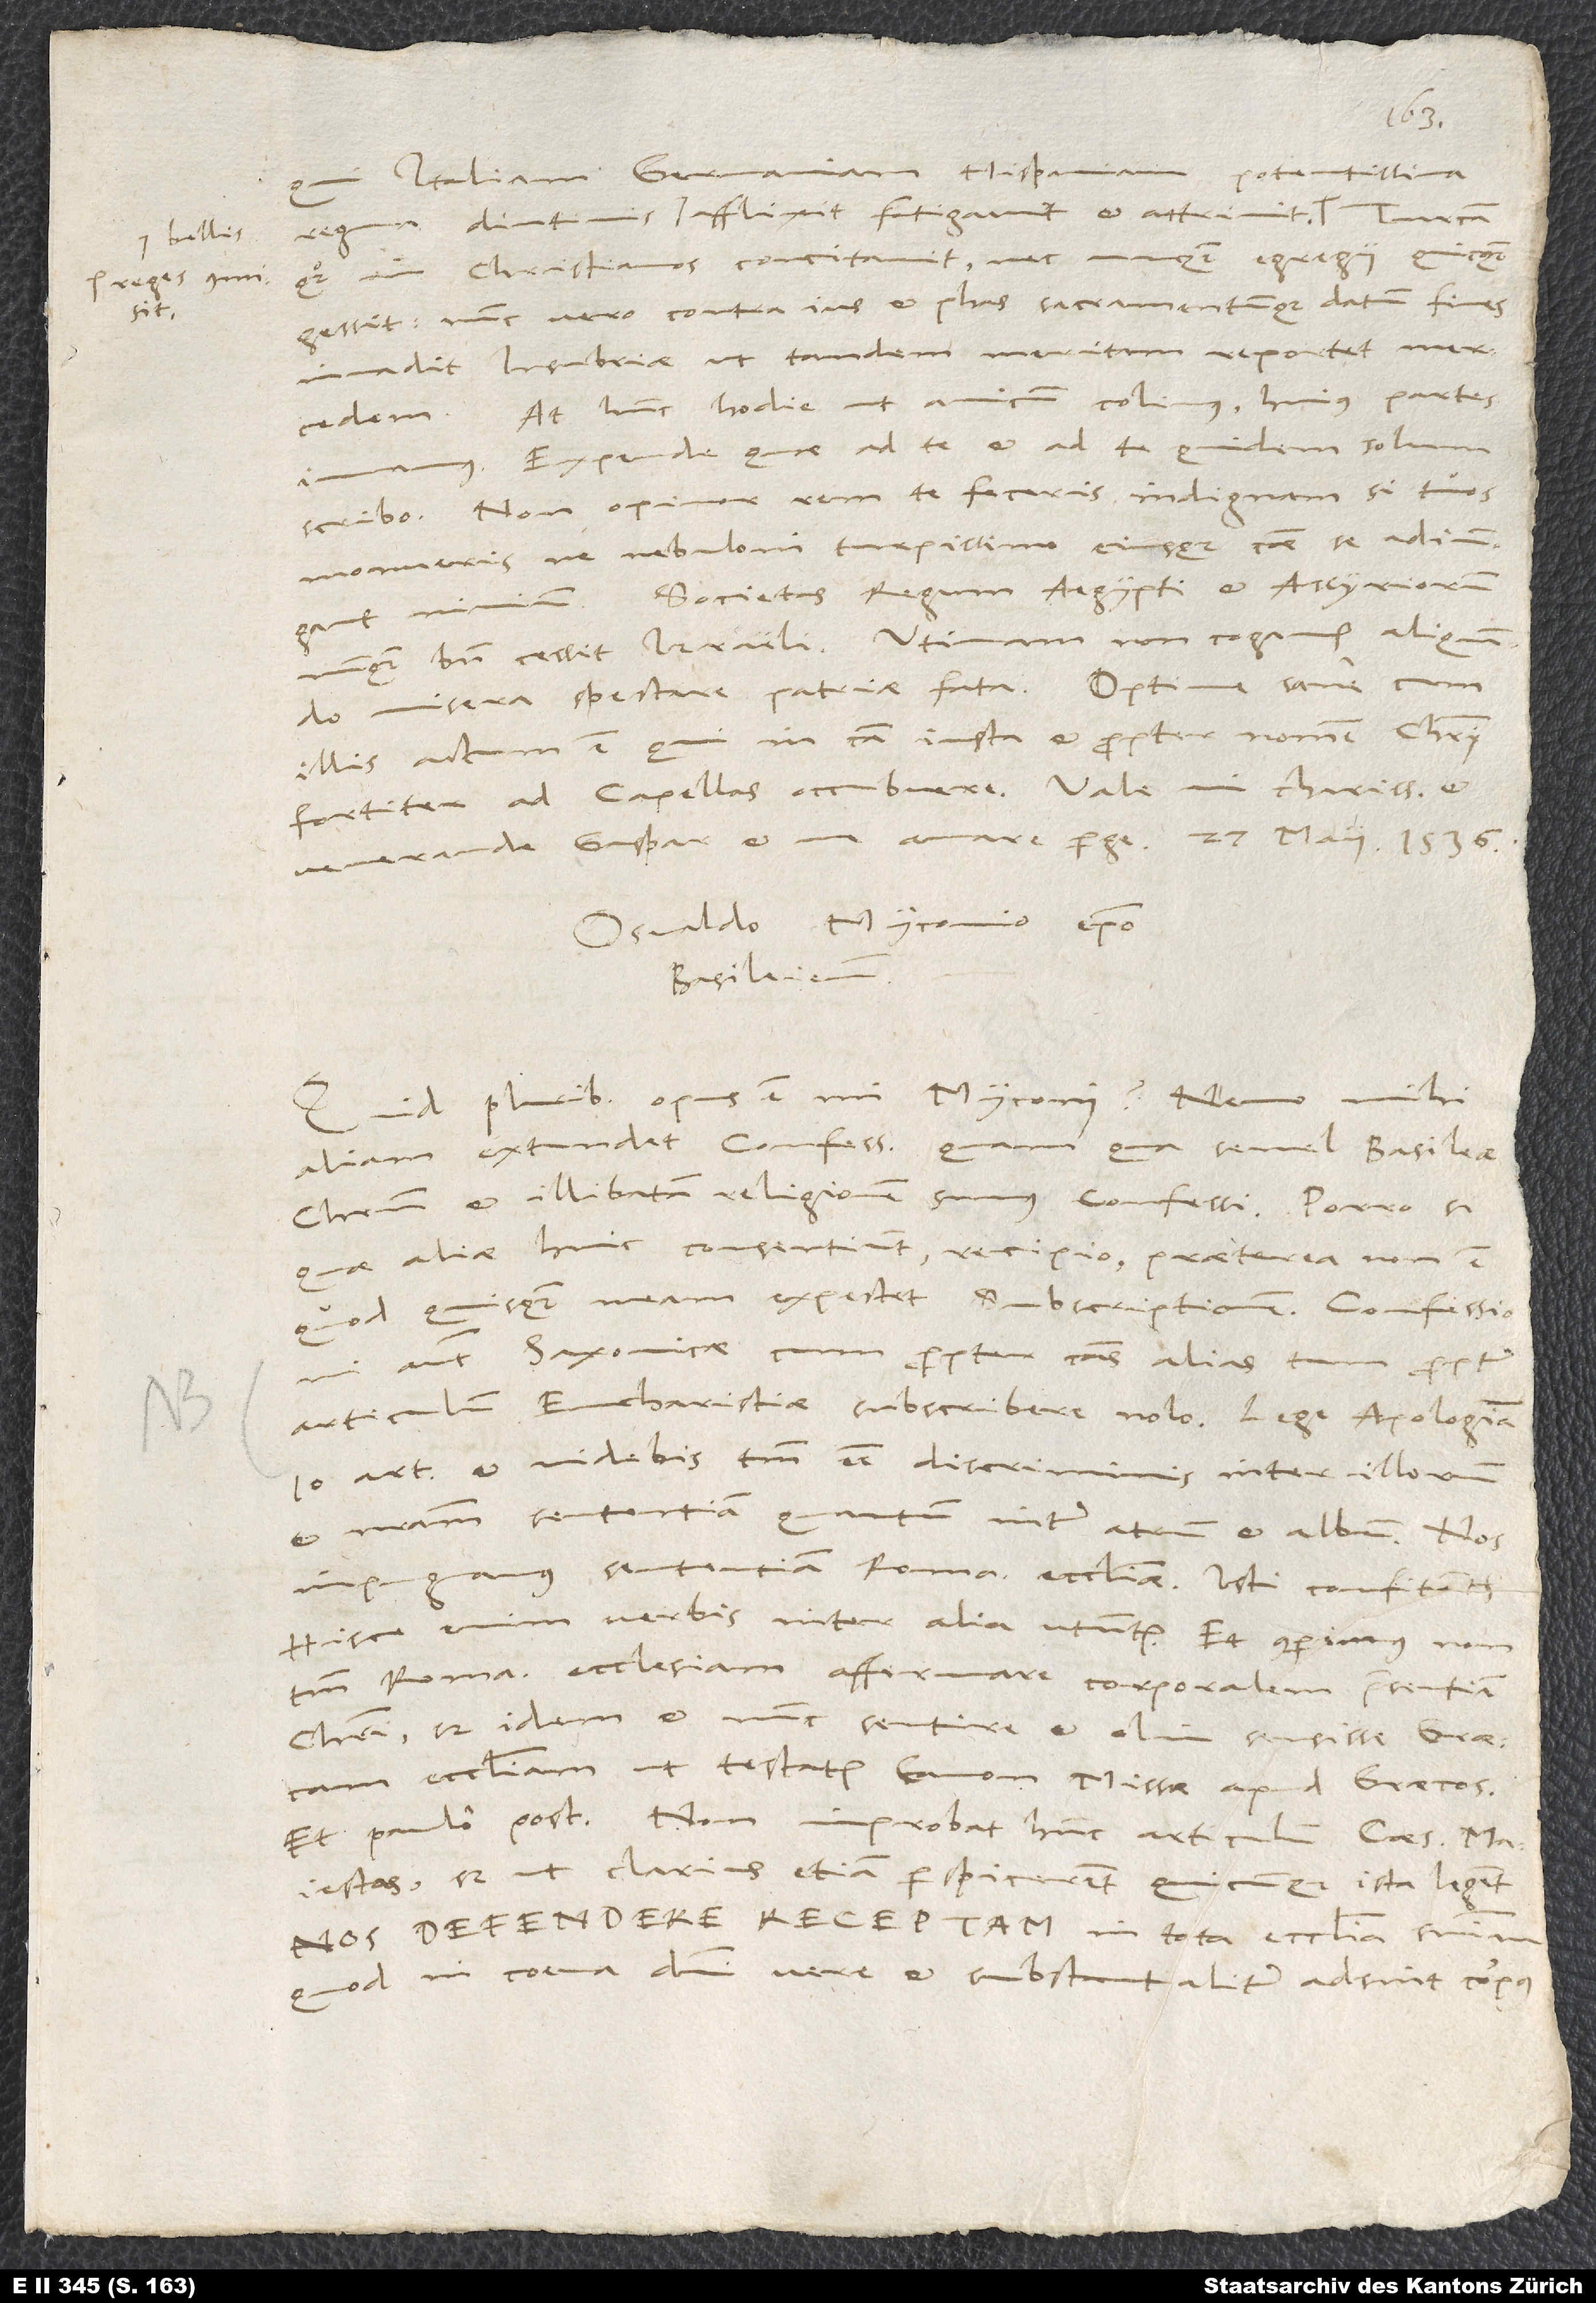
reges commisit.
sit,

potentissima
qui Italiam, Germaniam, Hispaniam,
regna, diutinis bellis afflixit, fatigavit et attrivit,
quoque in christianos concitavit nec unquam egregii quicquam
gessit. Nunc vero contra ius et phas sacramentumque datum fines
invadit Insubriae, ut tandem meritam reportet mercedem.
At hunc hodie ut amicum colimus, huius partes
Expende, quae ad te, et ad te quidem solum,
scribo. Non opinor rem te feceris indignam, si tuos
monueris, ne nebuloni turpissimo eiusque causae se adiungant
nimium. Societas regum Aegypti et Assyriorum
nunquam bene cessit Israeli. Utinam non cogamur aliquando
misera spectare patriae fata! Optime sane cum
illis actum est, qui in causa justa et propter nomen Christi